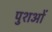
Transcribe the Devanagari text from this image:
पुशओं